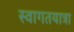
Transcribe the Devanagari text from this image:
स्वागतयात्रा